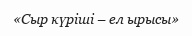
«Сыр күріші – ел ырысы»